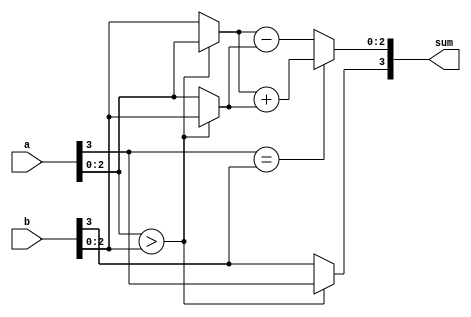
module sign_mag_add
		#(	parameter N = 4 )
		(	input wire [N-1:0] a , b,
			output reg [N-1:0] sum	);
		
		// Signal Declaration ~
		
		reg [N-2:0] mag_a, mag_b, mag_sum, max, min;
		reg sgn_a, sgn_b, sgn_sum;
		
		always @*
		begin
		
			// Step 1: Separate Magnitude and Sign
			
			mag_a = a[N-2:0];
			mag_b = b[N-2:0];
			sgn_a = a[N-1];
			sgn_b = b[N-1];
			
			// Step 2: Sort according to magnitude
			
			if (mag_a > mag_b)
			begin
				max = mag_a;
				min = mag_b;
				sgn_sum = sgn_a;
			end
			else begin
				max = mag_b;
				min = mag_a;
				sgn_sum = sgn_b;
			end
			
			// Step 3: calculate sum magnitude
				mag_sum = (sgn_a == sgn_b) ? (max + min) : (max - min) ;
				
			// Step 4: Join output
				sum = {sgn_sum , mag_sum};
		
		end
endmodule